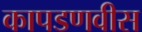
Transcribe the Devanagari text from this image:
कापडणवीस